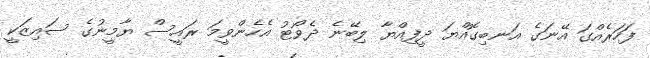
ފަހަރެއްގަ އޭނަގެ އަނބިގޮއްޔަ ދީފިއްޔާ ލިބޭނެ ދެވޯޓު އެހެންވީމަ ރައީސް ޔާމީނުގެ ސައިޒަކީ